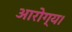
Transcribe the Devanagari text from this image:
आरोग्य।